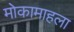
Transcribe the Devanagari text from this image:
मोकामाहला